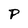
Character: P